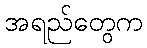
အရည်တွေက